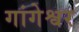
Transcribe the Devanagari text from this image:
गांगेश्वर